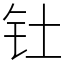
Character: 钍